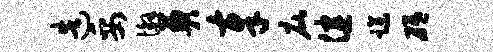
造妥懈奠奉庇健躁砥